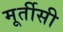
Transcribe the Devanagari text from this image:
मूर्तीसी